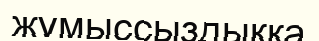
жұмыссыздыққа